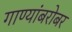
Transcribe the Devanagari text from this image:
गाण्यांबरोबर